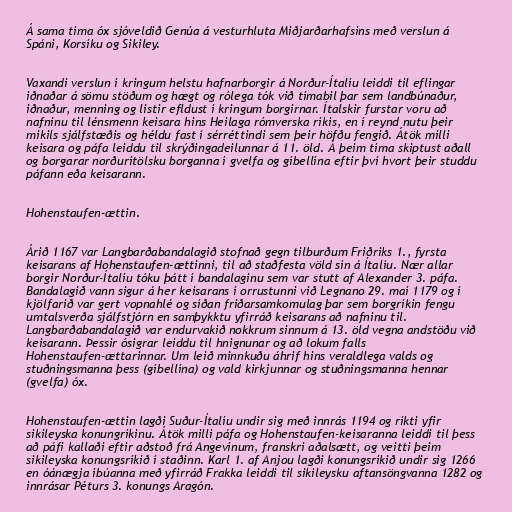
Á sama tíma óx sjóveldið Genúa á vesturhluta Miðjarðarhafsins með verslun á
Spáni, Korsíku og Sikiley.

Vaxandi verslun í kringum helstu hafnarborgir á Norður-Ítalíu leiddi til eflingar
iðnaðar á sömu stöðum og hægt og rólega tók við tímabil þar sem landbúnaður,
iðnaður, menning og listir efldust í kringum borgirnar. Ítalskir furstar voru að
nafninu til lénsmenn keisara hins Heilaga rómverska ríkis, en í reynd nutu þeir
mikils sjálfstæðis og héldu fast í sérréttindi sem þeir höfðu fengið. Átök milli
keisara og páfa leiddu til skrýðingadeilunnar á 11. öld. Á þeim tíma skiptust aðall
og borgarar norðurítölsku borganna í gvelfa og gíbellína eftir því hvort þeir studdu
páfann eða keisarann.

Hohenstaufen-ættin.

Árið 1167 var Langbarðabandalagið stofnað gegn tilburðum Friðriks 1., fyrsta
keisarans af Hohenstaufen-ættinni, til að staðfesta völd sín á Ítalíu. Nær allar
borgir Norður-Ítalíu tóku þátt í bandalaginu sem var stutt af Alexander 3. páfa.
Bandalagið vann sigur á her keisarans í orrustunni við Legnano 29. maí 1179 og í
kjölfarið var gert vopnahlé og síðan friðarsamkomulag þar sem borgríkin fengu
umtalsverða sjálfstjórn en samþykktu yfirráð keisarans að nafninu til.
Langbarðabandalagið var endurvakið nokkrum sinnum á 13. öld vegna andstöðu við
keisarann. Þessir ósigrar leiddu til hnignunar og að lokum falls
Hohenstaufen-ættarinnar. Um leið minnkuðu áhrif hins veraldlega valds og
stuðningsmanna þess (gíbellína) og vald kirkjunnar og stuðningsmanna hennar
(gvelfa) óx.

Hohenstaufen-ættin lagði Suður-Ítalíu undir sig með innrás 1194 og ríkti yfir
sikileyska konungríkinu. Átök milli páfa og Hohenstaufen-keisaranna leiddi til þess
að páfi kallaði eftir aðstoð frá Angevínum, franskri aðalsætt, og veitti þeim
sikileyska konungsríkið í staðinn. Karl 1. af Anjou lagði konungsríkið undir sig 1266
en óánægja íbúanna með yfirráð Frakka leiddi til sikileysku aftansöngvanna 1282 og
innrásar Péturs 3. konungs Aragón.